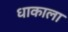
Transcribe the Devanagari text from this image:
धाकाला